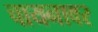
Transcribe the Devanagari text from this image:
चायनावर